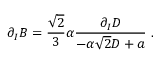
\partial _ { I } B = { \frac { \sqrt { 2 } } { 3 } } \alpha { \frac { \partial _ { I } D } { - \alpha \sqrt { 2 } D + a } } \ .